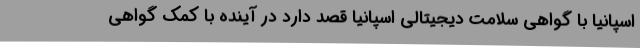
اسپانیا با گواهی سلامت دیجیتالی اسپانیا قصد دارد در آینده با کمک گواهی